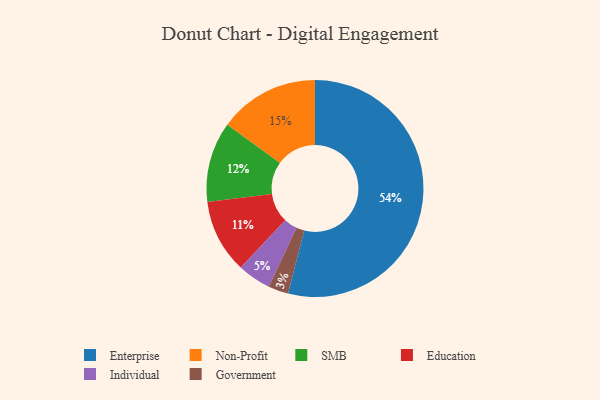
{"axis": {"x": "Category", "y": "Percentage"}, "legend": ["Education", "Enterprise", "Government", "Individual", "Non-Profit", "SMB"], "data": [{"x": "Enterprise", "y": 54, "type": "Enterprise"}, {"x": "Government", "y": 3, "type": "Government"}, {"x": "Individual", "y": 5, "type": "Individual"}, {"x": "Education", "y": 11, "type": "Education"}, {"x": "SMB", "y": 12, "type": "SMB"}, {"x": "Non-Profit", "y": 15, "type": "Non-Profit"}]}